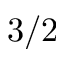
3 / 2